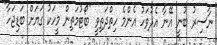
ނާސިރު ބުނީ އޭނާ އެދުވަހު އެންމެ ހިތްދަތިވީ "ބޯޓުމަތިން މީހަކު ގަޔަށް ބަޑިޖަހާ"